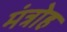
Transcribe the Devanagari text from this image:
मंत्रोह